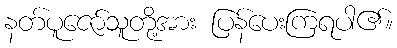
နတ်ပူဇော်သူတို့အား ပြန်ပေးကြရပါ၏။